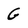
Character: G